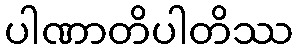
ပါဏာတိပါတိဿ